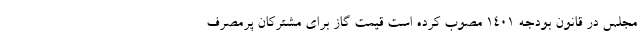
مجلس در قانون بودجه ۱۴۰۱ مصوب کرده است قیمت گاز برای مشترکان پرمصرف